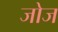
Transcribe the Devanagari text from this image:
जोज